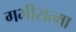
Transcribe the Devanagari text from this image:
गभीरात्मा